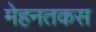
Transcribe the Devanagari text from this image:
मेहनतकस